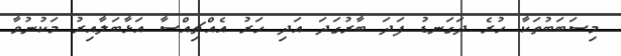
މިސަބަބުތަކާ ހުރެ ދަގަނޑު ފަދަ ބާރުގަދަ އަދި ހަރު އެއްޗިއްސާ އަޅާބަލާއިރު މަކުނުވާ